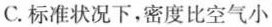
C.标准状况下，密度比空气小